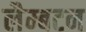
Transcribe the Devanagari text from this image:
लैम्बटन